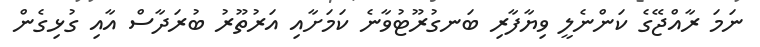
ނަމަ ރާއްޖޭގެ ކަންނެލީ ވިޔާފާރި ބަނގުރޫޓުވާނެ ކަމަށާއި އަރުތޫރު ބުރަދާސް އާއި ގުޅިގެން